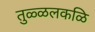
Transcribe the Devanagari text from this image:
तुळ्ळलकळि